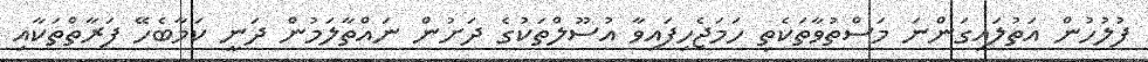
ފުލުހުން އަތުލައިގަންނަ މަސްތުވާތަކެތި ހަމަޖެހިފައިވާ އުސޫލްތަކުގެ ދަށުން ނައްތާލަމުން ދަނީ ކަމާބެހޭ ފަރާތްތަކާއި